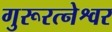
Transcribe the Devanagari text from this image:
गुरूरत्नेश्वर